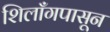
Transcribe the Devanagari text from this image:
शिलाँगपासून